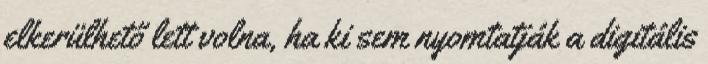
elkerülhető lett volna, ha ki sem nyomtatják a digitális